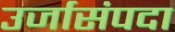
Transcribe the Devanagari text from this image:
उर्जासंपदा